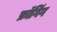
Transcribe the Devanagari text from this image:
फ्रॉगिंग